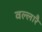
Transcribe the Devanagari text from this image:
वल्लारै